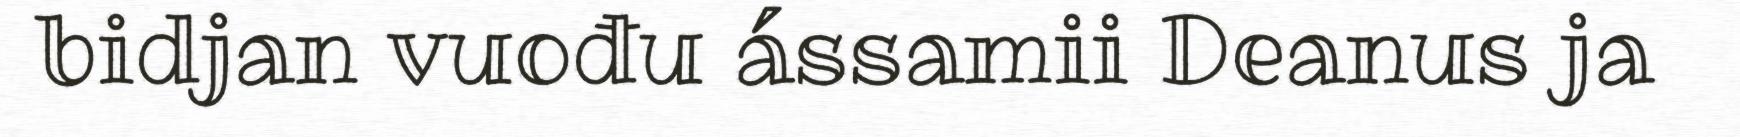
bidjan vuođu ássamii Deanus ja